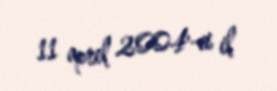
11 aprel 2004-ci il